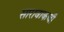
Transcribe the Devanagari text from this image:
सारावाकची